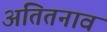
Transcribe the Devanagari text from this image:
अतितनाव